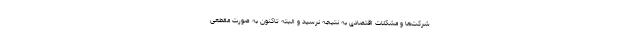
شرکت‌ها و مشکلات اقتصادی به نتیجه نرسید و البته تاکنون به صورت مقطعی